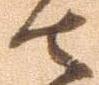
者